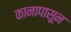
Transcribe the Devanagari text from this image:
कानापासून